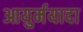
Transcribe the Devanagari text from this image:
आयुर्मयादा